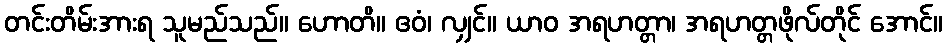
တင်းတိမ်းအားရ သူမည်သည်။ ဟောတိ။ ဧဝံ၊ လျှင်။ ယာဝ အရဟတ္တာ၊ အရဟတ္တဖိုလ်တိုင် အောင်။